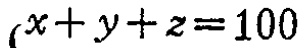
\(x + y + z = 100\)